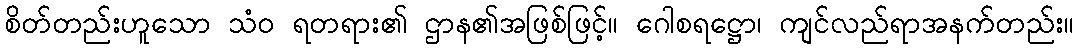
စိတ်တည်းဟူသော သံဝ ရတရား၏ ဌာန၏အဖြစ်ဖြင့်။ ဂေါစရဋ္ဌော၊ ကျင်လည်ရာအနက်တည်း။